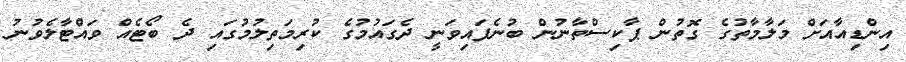
އިންޑިއާއަށް މަލާމާތުގެ ގޮތުން ޕާކިސްތާނުން ބުނެފައިވަނީ ދެގައުމުގެ ކުރިމަތިލުމުގައި ދެ ބޯޓެއް ވައްޓާލެވުނު